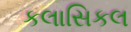
કલાસિકલ